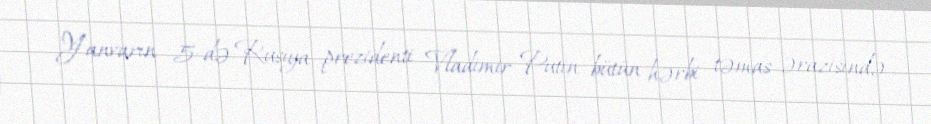
Yanvarın 5-də Rusiya prezidenti Vladimir Putin bütün hərbi təmas ərazisində